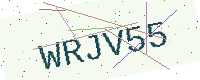
Text: WRJV55